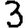
Digit: 3